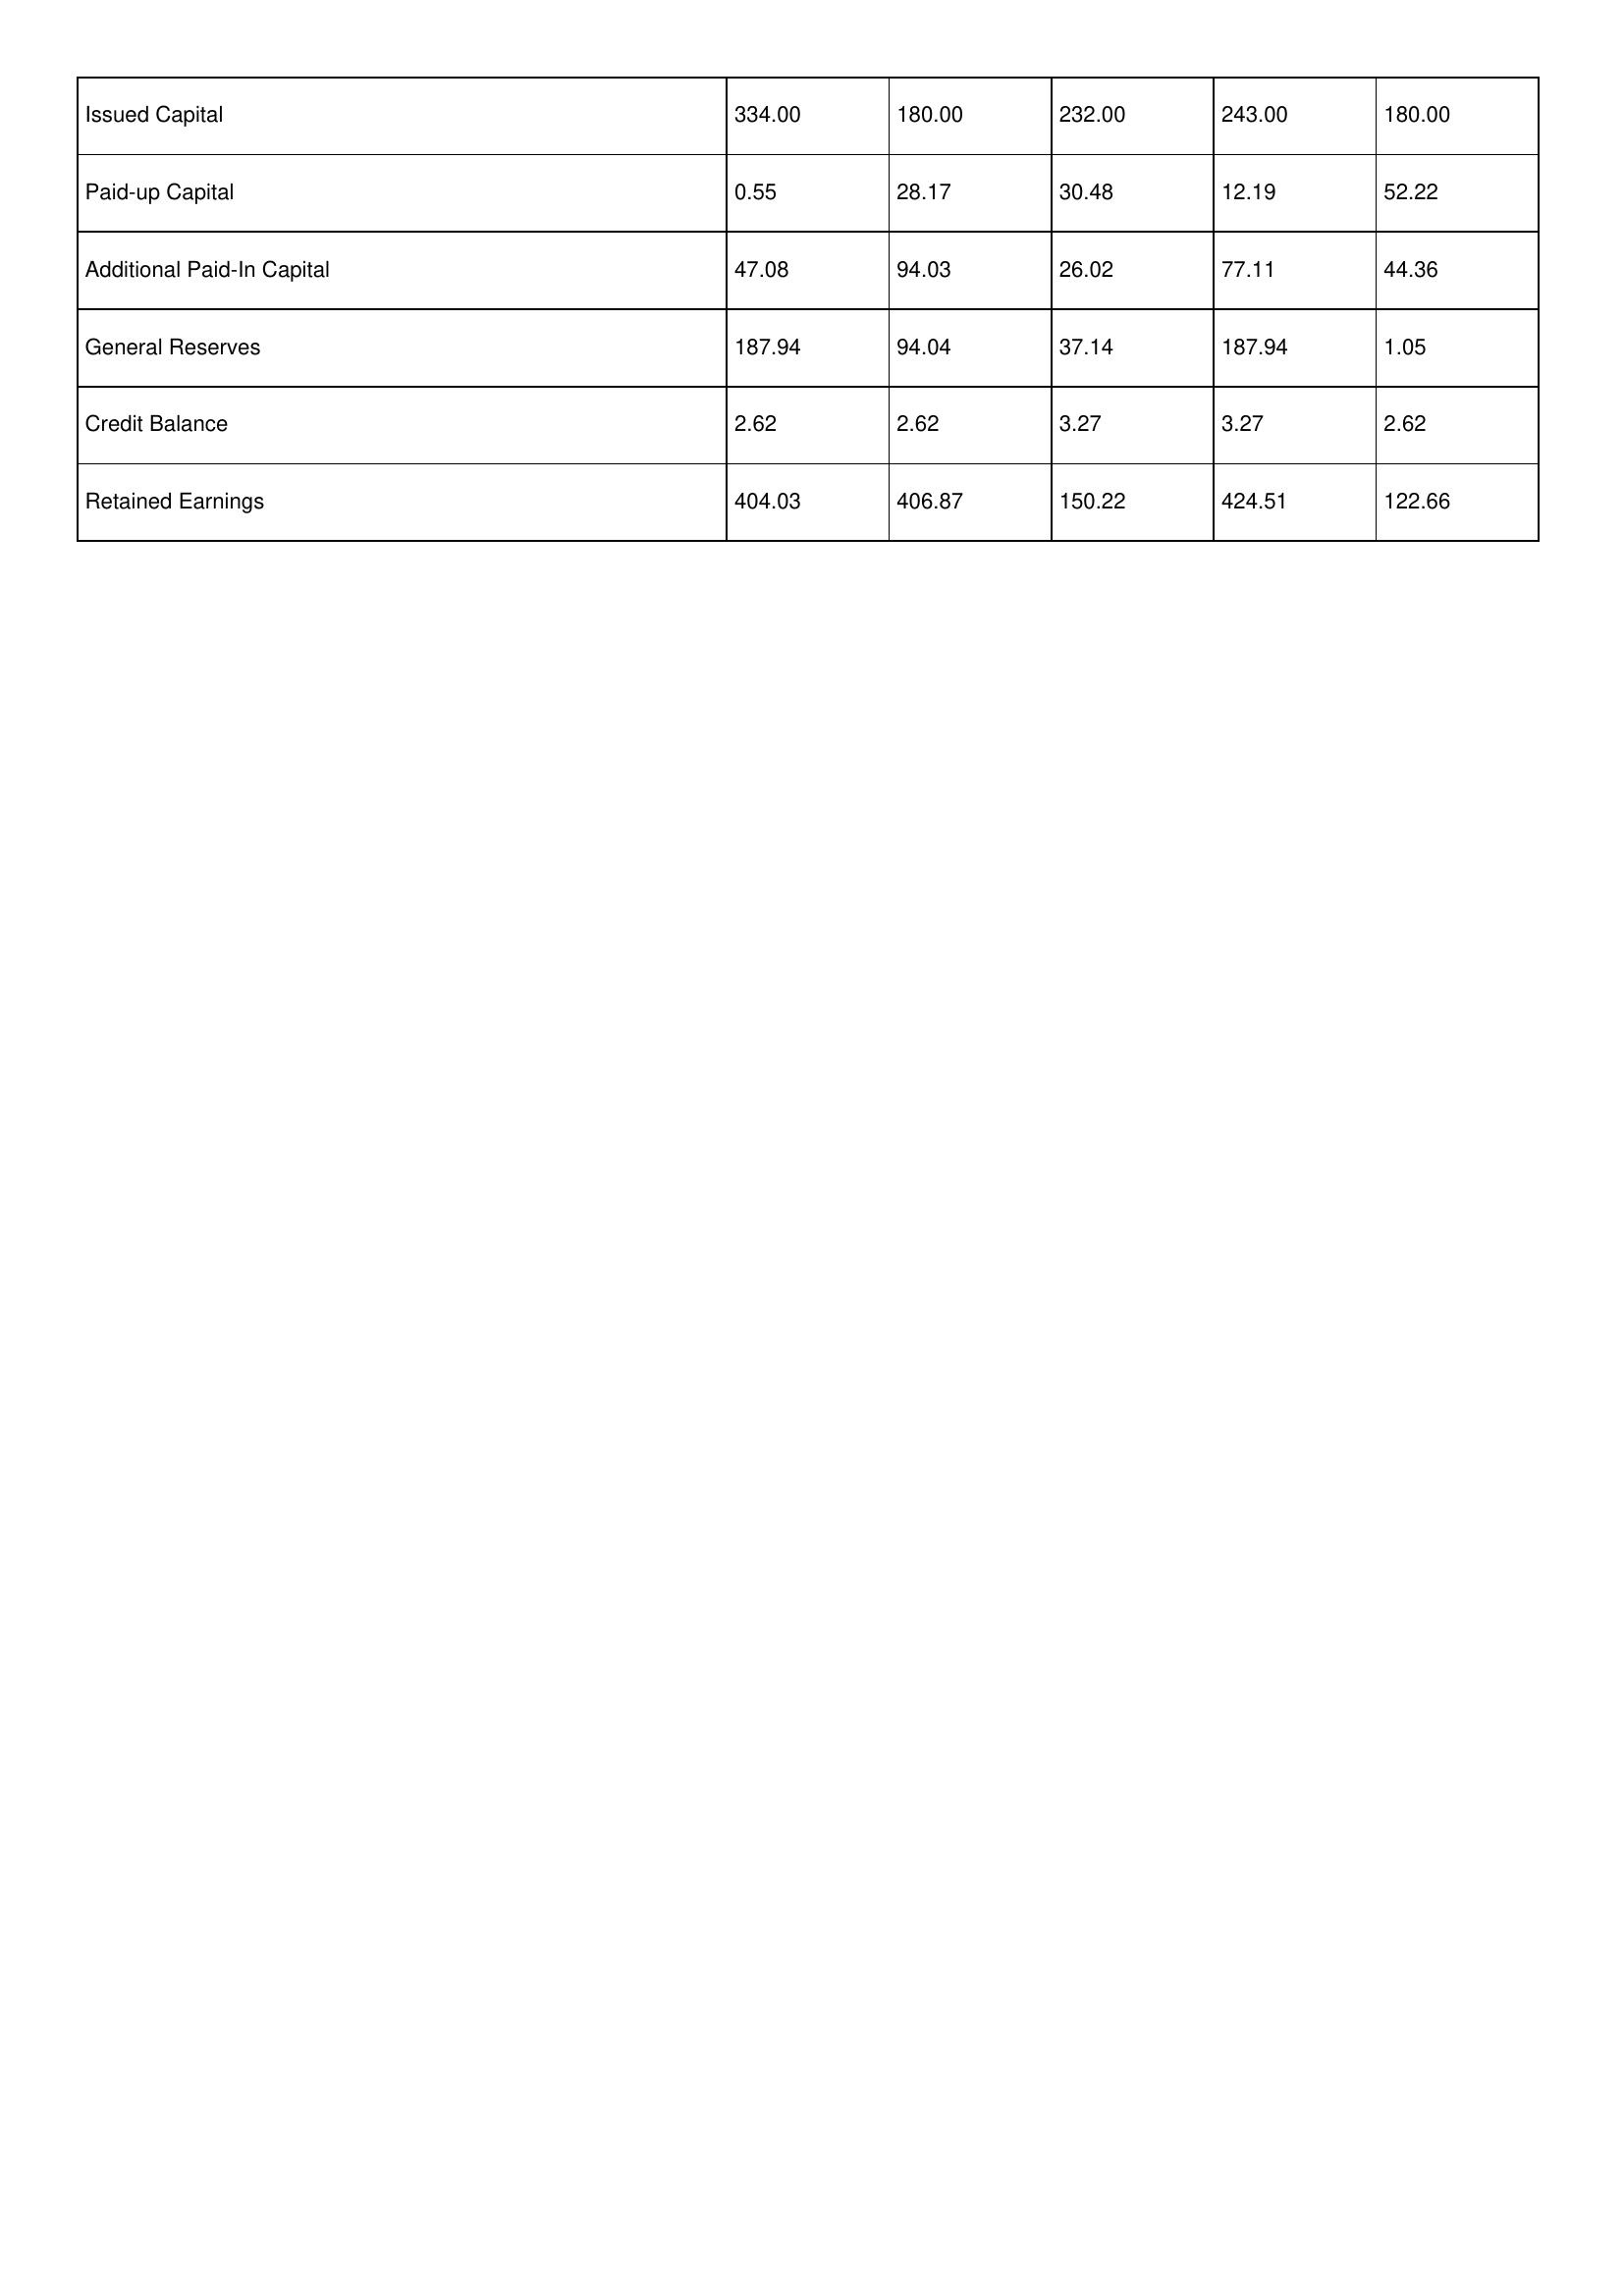
gt_parse: 1999: Issued Capital: 334.00
Paid-up Capital: 0.55
Additional Paid-In Capital: 47.08
General Reserves: 187.94
Credit Balance: 2.62
Retained Earnings: 404.03
1998: Issued Capital: 180.00
Paid-up Capital: 28.17
Additional Paid-In Capital: 94.03
General Reserves: 94.04
Credit Balance: 2.62
Retained Earnings: 406.87
1997: Issued Capital: 232.00
Paid-up Capital: 30.48
Additional Paid-In Capital: 26.02
General Reserves: 37.14
Credit Balance: 3.27
Retained Earnings: 150.22
1996: Issued Capital: 243.00
Paid-up Capital: 12.19
Additional Paid-In Capital: 77.11
General Reserves: 187.94
Credit Balance: 3.27
Retained Earnings: 424.51
1995: Issued Capital: 180.00
Paid-up Capital: 52.22
Additional Paid-In Capital: 44.36
General Reserves: 1.05
Credit Balance: 2.62
Retained Earnings: 122.66